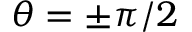
\theta = \pm \pi / 2